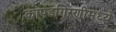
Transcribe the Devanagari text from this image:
कापडगिरणीमध्ये